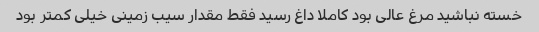
خسته نباشید مرغ عالی بود کاملا داغ رسید فقط مقدار سیب زمینی خیلی کمتر بود